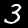
Label: 3